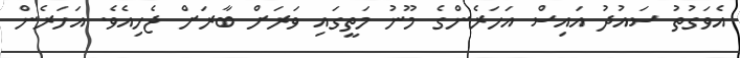
އެވަގުތު ސައުދު އައިސް އަހަރެންގެ މޫނު މަތީގައި ވަރަށް ބާރަށް ޖެހިއެވެ. އަހަރެން